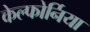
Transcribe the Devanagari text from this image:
केल्फोर्निया